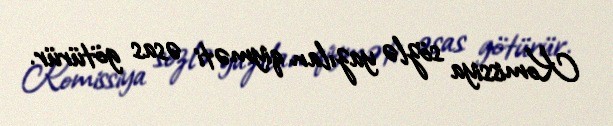
Komissiya sözlə yazılan qiyməti əsas götürür.